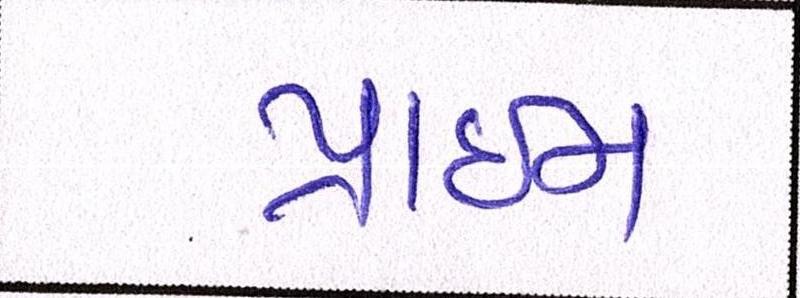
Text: પ્રાઇમ